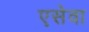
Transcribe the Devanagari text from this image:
एसेवा